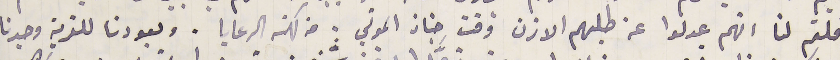
قلتم لنا انهم عدلوا عن طلبهم الاذن وقت جناز الموتي . من كهنه الرعايا. وبعودنا للقرية وجدنا